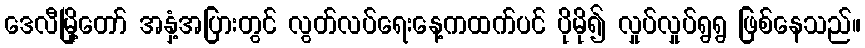
ဒေလီမြို့တော် အနှံ့အပြားတွင် လွတ်လပ်ရေးနေ့ကထက်ပင် ပိုမို၍ လှုပ်လှုပ်ရွရွ ဖြစ်နေသည်။